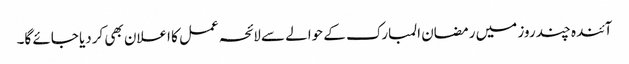
آئندہ چند روز میں رمضان المبارک کے حوالے سے لائحہ عمل کا اعلان بھی کردیا جائے گا۔